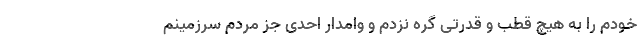
خودم را به هیچ قطب و قدرتی گره نزدم و وامدار احدی جز مردم سرزمینم